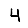
Digit: 4